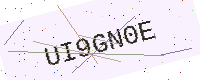
Text: UI9GN0E